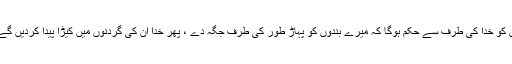
ان کو خدا کی طرف سے حکم ہوگا کہ میرے بندوں کو پہاڑ طور کی طرف جگہ دے ، پھر خدا ان کی گردنوں میں کیڑا پیدا کردیں گے۔